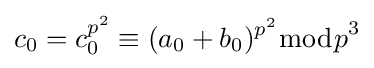
c_{0}=c_{0}^{p^{2}}\equiv (a_{0}+b_{0})^{p^{2}}{\bmod {p}}^{3}